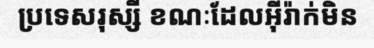
ប្រទេសរុស្សី ខណៈដែលអ៊ីរ៉ាក់មិន